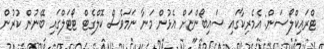
ޓްރައިކްލޯސަން: އެމެރިކާގައި ސައިބޯންޏަށް އެޅުން މަނާ ނަަމަވެސް ކޮލްގެޓް ޓޯޓަލްގައި ބޭނުން ކުރުން